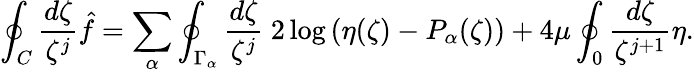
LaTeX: \oint_{C}\frac{d\zeta}{\zeta^{j}}\hat{f}=\sum_{\alpha}\oint_{\Gamma_{\alpha}}\frac{d\zeta}{\zeta^{j}}\ 2\log\left(\eta(\zeta)-P_{\alpha}(\zeta)\right)+4\mu\oint_{0}\frac{d\zeta}{\zeta^{j+1}}\eta.